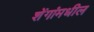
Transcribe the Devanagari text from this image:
शेंगांमधील